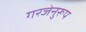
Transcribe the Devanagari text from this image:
गरजेनुरूप